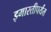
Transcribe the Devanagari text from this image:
इमारतीपर्यंत